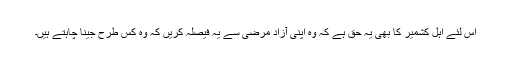
اس لئے اہل کشمیر کا بھی یہ حق ہے کہ وہ اپنی آزاد مرضی سے یہ فیصلہ کریں کہ وہ کس طرح جینا چاہتے ہیں۔